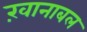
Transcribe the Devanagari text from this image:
ख़ानाबल